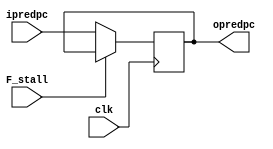
module fetch_reg (clk,F_stall,ipredpc,opredpc);
input clk;
input [63:0] ipredpc;
input  F_stall;
output reg [63:0] opredpc;



always@(posedge clk)
   begin
    if(F_stall==1'b0)
       opredpc=ipredpc;
    end
endmodule